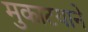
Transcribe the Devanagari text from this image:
मुकाटयाने